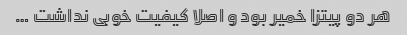
هر دو پیتزا خمیر بود و اصلا کیفیت خوبی نداشت …